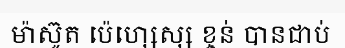
ម៉ាស៊ូត ប៉េហ្សេស្ស ខ្ចន់ បានជាប់